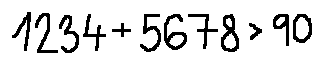
1 2 3 4 + 5 6 7 8 > 9 0